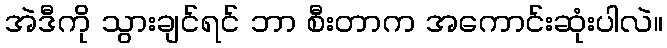
အဲဒီကို သွားချင်ရင် ဘာ စီးတာက အကောင်းဆုံးပါလဲ။